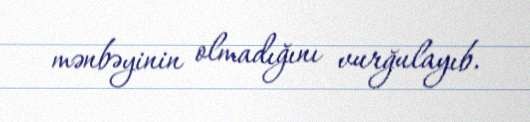
mənbəyinin olmadığını vurğulayıb.